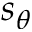
s _ { \theta }